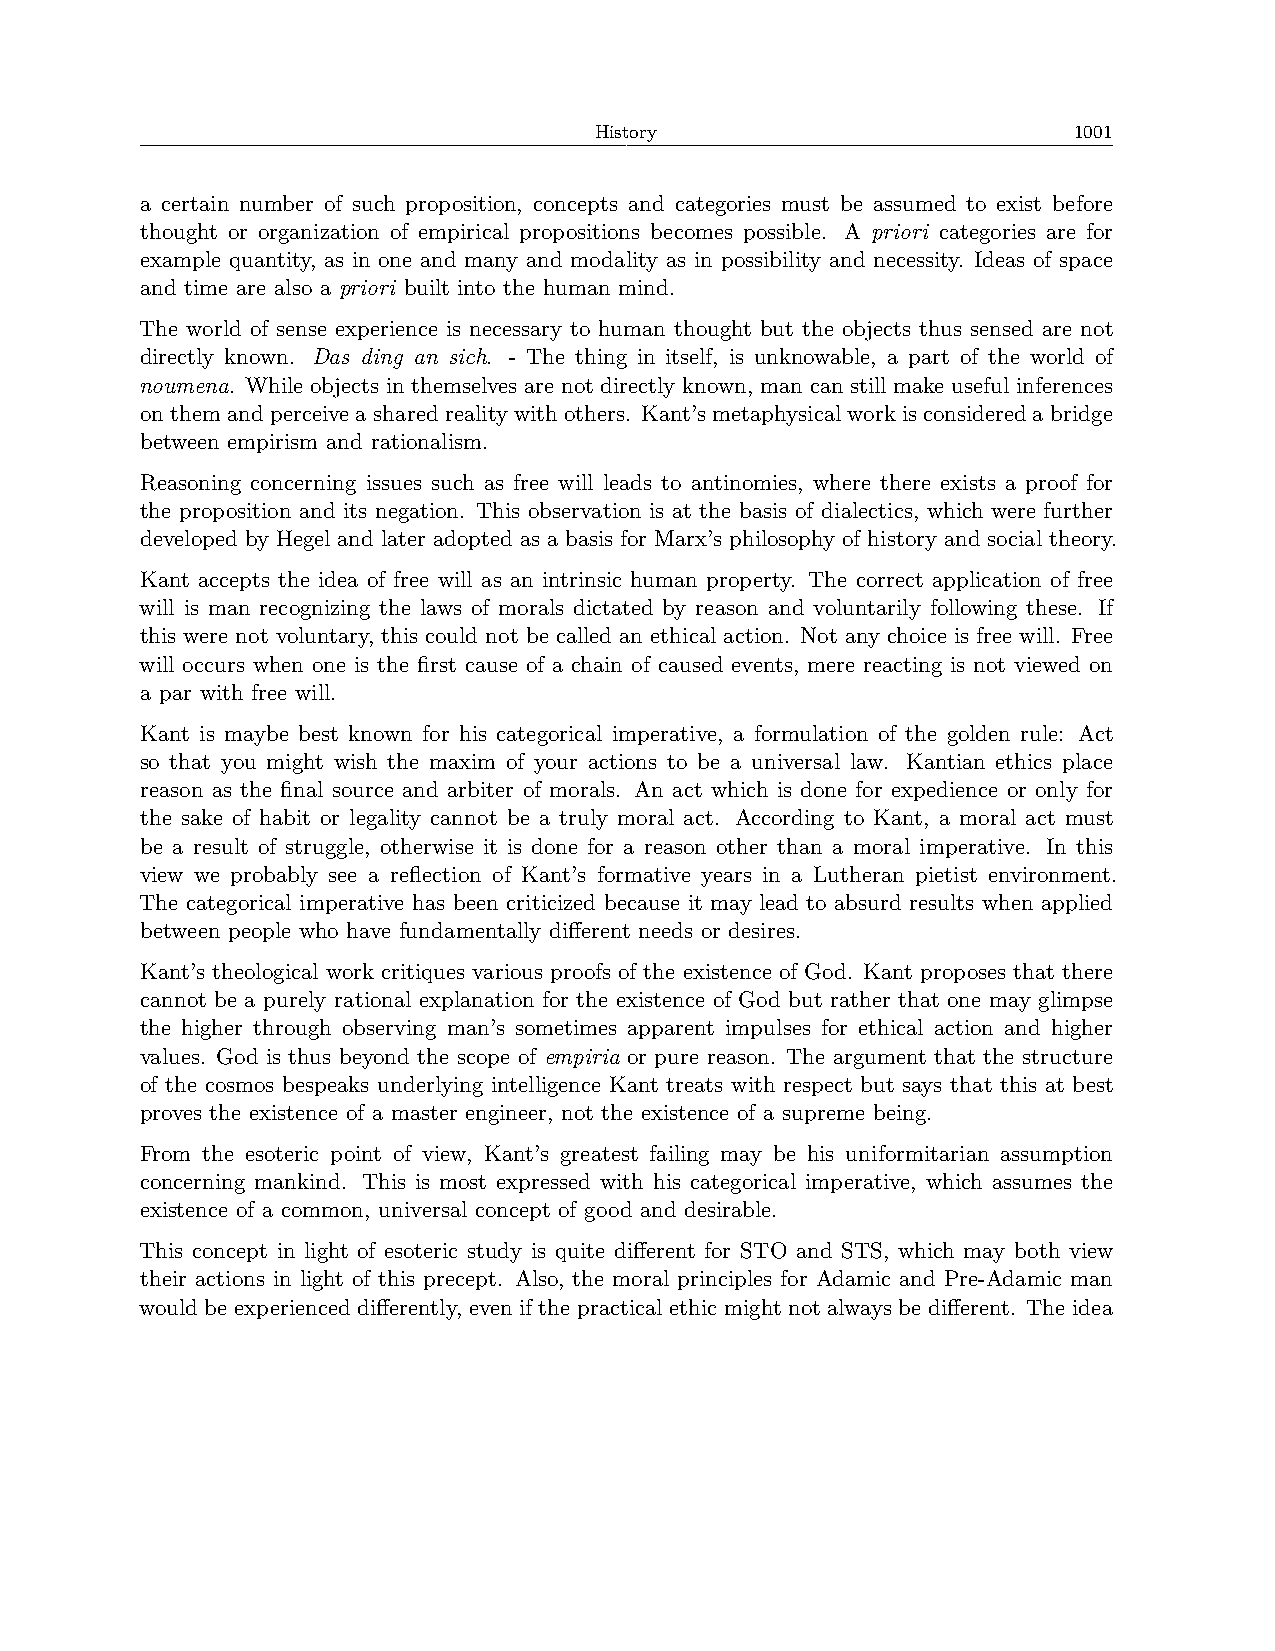
History                         1001
 a certain number of such proposition, concepts and categories must be assumed to exist before
 thought or organization of empirical propositions becomes possible. A priori categories are for
 example quantity, as in one and many and modality as in possibility and necessity. Ideas of space
 and time are also a priori built into the human mind.
 The world of sense experience is necessary to human thought but the objects thus sensed are not
 directly known. Das ding an sich. - The thing in itself, is unknowable, a part of the world of
 noumena. While objects in themselves are not directly known, man can still make useful inferences
 onthemandperceiveasharedrealitywithothers. Kant’smetaphysicalworkisconsideredabridge
 between empirism and rationalism.
 Reasoning concerning issues such as free will leads to antinomies, where there exists a proof for
 the proposition and its negation. This observation is at the basis of dialectics, which were further
 developed by Hegel and later adopted as a basis for Marx’s philosophy of history and social theory.
 Kant accepts the idea of free will as an intrinsic human property. The correct application of free
 will is man recognizing the laws of morals dictated by reason and voluntarily following these. If
 this were not voluntary, this could not be called an ethical action. Not any choice is free will. Free
 will occurs when one is the first cause of a chain of caused events, mere reacting is not viewed on
 a par with free will.
 Kant is maybe best known for his categorical imperative, a formulation of the golden rule: Act
 so that you might wish the maxim of your actions to be a universal law. Kantian ethics place
 reason as the final source and arbiter of morals. An act which is done for expedience or only for
 the sake of habit or legality cannot be a truly moral act. According to Kant, a moral act must
 be a result of struggle, otherwise it is done for a reason other than a moral imperative. In this
 view we probably see a reflection of Kant’s formative years in a Lutheran pietist environment.
 The categorical imperative has been criticized because it may lead to absurd results when applied
 between people who have fundamentally different needs or desires.
 Kant’s theological work critiques various proofs of the existence of God. Kant proposes that there
 cannot be a purely rational explanation for the existence of God but rather that one may glimpse
 the higher through observing man’s sometimes apparent impulses for ethical action and higher
 values. God is thus beyond the scope of empiria or pure reason. The argument that the structure
 of the cosmos bespeaks underlying intelligence Kant treats with respect but says that this at best
 proves the existence of a master engineer, not the existence of a supreme being.
 From the esoteric point of view, Kant’s greatest failing may be his uniformitarian assumption
 concerning mankind. This is most expressed with his categorical imperative, which assumes the
 existence of a common, universal concept of good and desirable.
 This concept in light of esoteric study is quite different for STO and STS, which may both view
 their actions in light of this precept. Also, the moral principles for Adamic and Pre-Adamic man
 would be experienced differently, even if the practical ethic might not always be different. The idea